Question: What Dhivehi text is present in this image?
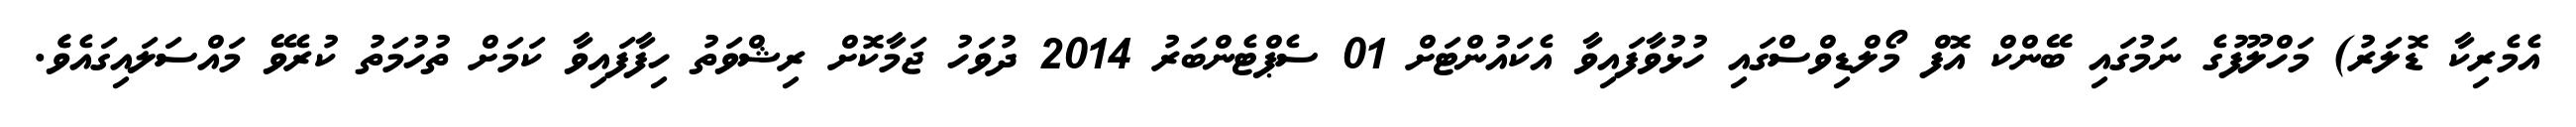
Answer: އެމެރިކާ ޑޮލަރު) މަހްލޫފުގެ ނަމުގައި ބޭންކް އޮފް މޯލްޑިވްސްގައި ހުޅުވާފައިވާ އެކައުންޓަށް 01 ސެޕްޓެންބަރު 2014 ދުވަހު ޖަމާކޮށް ރިޝްވަތު ހިފާފައިވާ ކަމަށް ތުހުމަތު ކުރެވޭ މައްސަލައިގައެވެެ.